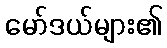
မော်ဒယ်များ၏